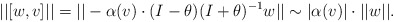
\begin{align*}||[w,v]||=||-\alpha(v)\cdot(I-\theta)(I+\theta)^{-1}w||\sim |\alpha(v)|\cdot ||w||.\end{align*}